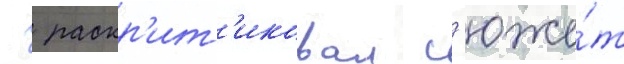
  раскр'ит'иковал с'юже́т